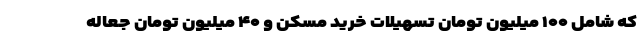
که شامل ۱۰۰ میلیون تومان تسهیلات خرید مسکن و ۴۰ میلیون تومان جعاله